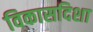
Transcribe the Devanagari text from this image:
विकासदिशा